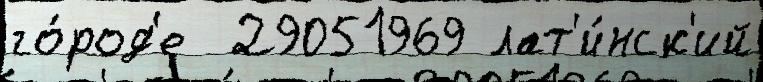
го́род'е  29051969 лат'и́нск'ий